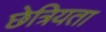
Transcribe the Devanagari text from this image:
छेत्रियता